Plague in India, 1896, 1897 - Volume 1
Year: 1896
Disease focus: Plague
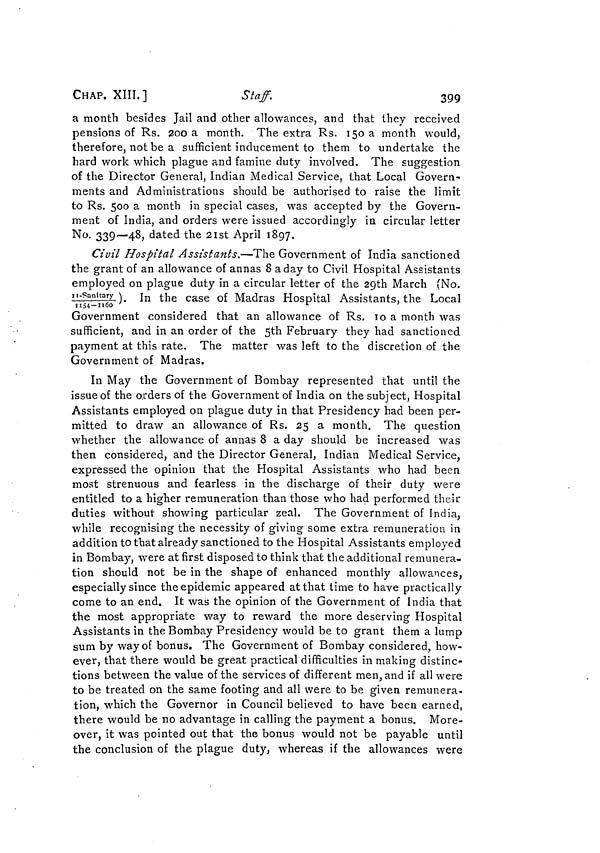
CHAP. XIII.]
Staff.
399
a month besides Jail and other allowances, and that they received
pensions of Rs. 200 a month. The extra Rs. 150 a month would,
therefore, not be a sufficient inducement to them to undertake the
hard work which plague and famine duty involved. The suggestion
of the Director General, Indian Medical Service, that Local Govern-
ments and Administrations should be authorised to raise the limit
to Rs. 500 a month in special cases, was accepted by the Govern-
ment of India, and orders were issued accordingly in circular letter
No. 339—48, dated the 21st April 1897.
Civil Hospital Assistants.—The Government of India sanctioned
the grant of an allowance of annas 8 a day to Civil Hospital Assistants
employed on plague duty in a circular letter of the 29th March (No.
II-sanitary/1154-1160). In the case of Madras Hospital Assistants, the Local
Government considered that an allowance of Rs. 10 a month was
sufficient, and in an order of the 5th February they had sanctioned
payment at this rate. The matter was left to the discretion of the
Government of Madras.
In May the Government of Bombay represented that until the
issue of the orders of the Government of India on the subject, Hospital
Assistants employed on plague duty in that Presidency had been per-
mitted to draw an allowance of Rs. 25 a month. The question
whether the allowance of annas 8 a day should be increased was
then considered, and the Director General, Indian Medical Service,
expressed the opinion that the Hospital Assistants who had been
most strenuous and fearless in the discharge of their duty were
entitled to a higher remuneration than those who had performed their
duties without showing particular zeal. The Government of India,
while recognising the necessity of giving some extra remuneration in
addition to that already sanctioned to the Hospital Assistants employed
in Bombay, were at first disposed to think that the additional remunera-
tion should not be in the shape of enhanced monthly allowances,
especially since the epidemic appeared at that time to have practically
come to an end. It was the opinion of the Government of India that
the most appropriate way to reward the more deserving Hospital
Assistants in the Bombay Presidency would be to grant them a lump
sum by way of bonus. The Government of Bombay considered, how-
ever, that there would be great practical difficulties in making distinc-
tions between the value of the services of different men, and if all were
to be treated on the same footing and all were to be given remunera-
tion, which the Governor in Council believed to have been earned,
there would be no advantage in calling the payment a bonus. More-
over, it was pointed out that the bonus would not be payable until
the conclusion of the plague duty, whereas if the allowances were